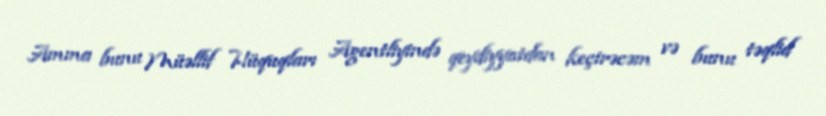
Amma bunu Müəllif Hüquqları Agentliyində qeydiyyatdan keçirəcəm və bunu təqlid